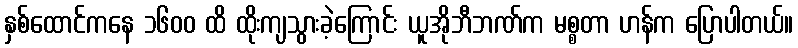
နှစ်ထောင်ကနေ ၁၆၀၀ ထိ ထိုးကျသွားခဲ့ကြောင်း ယူအိုဘီဘဏ်က မစ္စတာ ဟန်က ပြောပါတယ်။